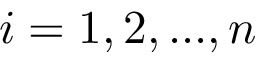
i = 1 , 2 , . . . , n